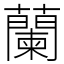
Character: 蘭